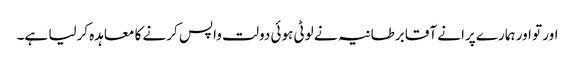
اور تو اور ہمارے پرانے آقا برطانیہ نے لوٹی ہوئی دولت واپس کرنے کا معاہدہ کرلیا ہے۔